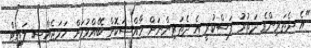
"އެ ދެތަރިންގެ ދަތުރު ފަސްކުރީ އެ ދެތަރިންނަށް ހާއްސަކޮށް ބޭއްވުމަށް ހަމަޖެއްސި ލައިޓް